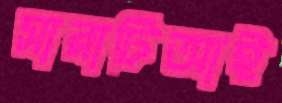
সারাটিআই